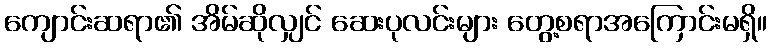
ကျောင်းဆရာ၏ အိမ်ဆိုလျှင် ဆေးပုလင်းများ တွေ့စရာအကြောင်းမရှိ။